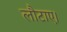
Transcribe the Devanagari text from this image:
लौटाए।